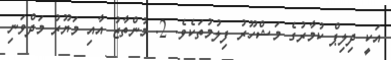
އަކީ ދިލިޕް ކުމާރުގެ މަޝްހޫރު ފިލުމުތަކެވެ. 2. މުންތާޒު އާއި މަޔޫރު މަދްވަނި